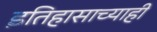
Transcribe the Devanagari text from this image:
इतिहासाच्याही